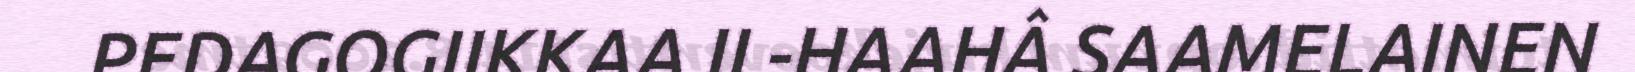
PEDAGOGIIKKAA II -HAAHÂ SAAMELAINEN